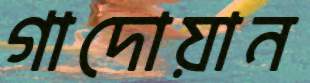
গাদোয়ান